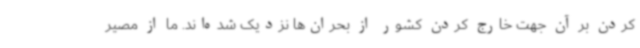
کردن بر آن جهت خارج کردن کشور از بحران‌ها نزدیک شده‌اند. ما از مصیر